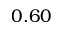
0 . 6 0